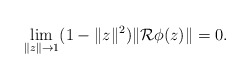
\begin{align*} \lim_{\|z\|\to 1} (1-\|z\|^2)\|\mathcal{R}\phi(z)\|=0.\end{align*}